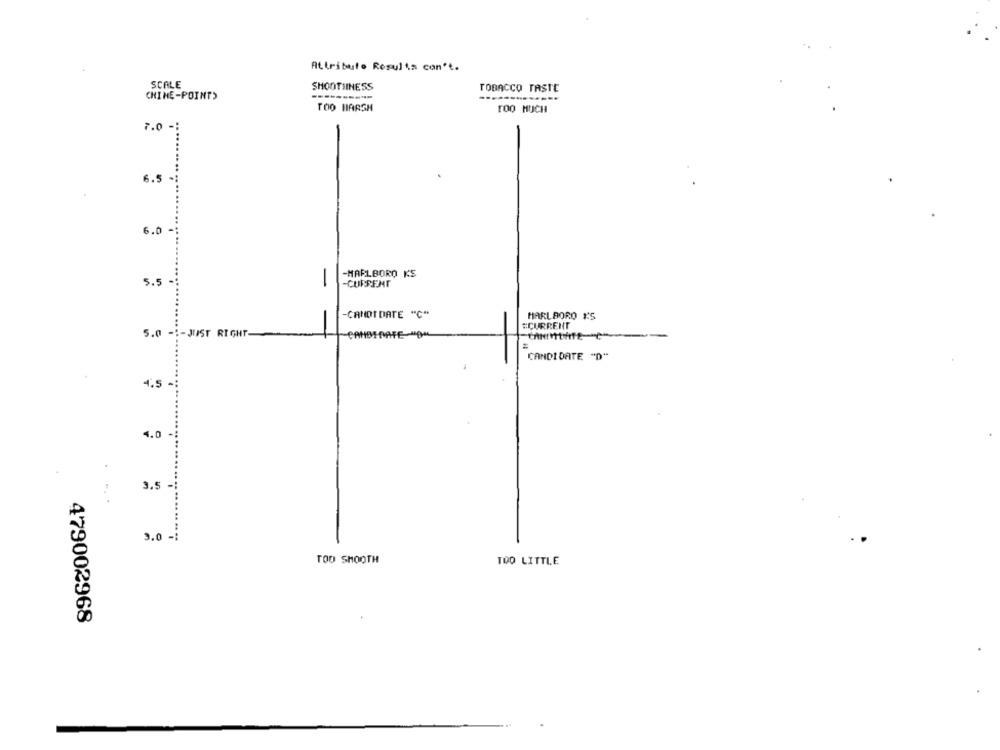
Attribute Regulis con't.
SCALE
SHOOTHINESS
TOBACCO TASTE
CHINE-POINT>
TOO HARSH
TOO MUCH
7.0 -
6.5
6.0
-MARLBORO KS
5.5
-
-CURRENT
CANDIDATE "
MARLBORO Y'S
#CURRENT
5.0 -1-JUST RIGHT
CANDIDATE "D"
4.5
4.0
3.
3.0 -:
TOO SHOOTH
TOO LITTLE
479002968